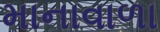
માનાવાળા